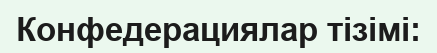
Конфедерациялар тізімі: